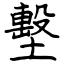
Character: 墼